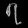
Digit: ၇